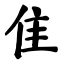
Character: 隹